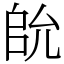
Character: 䦾